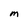
Character: M